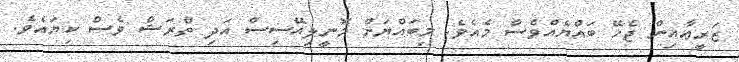
ޒަރީޢާއިން ޖެހޭ ބައްޔެއްވެސް މެއެވެ. މިބައްޔަށް މޮނީލިއޭސިސް އަދި ތްރަޝް ވެސް ކިޔައެވެ.